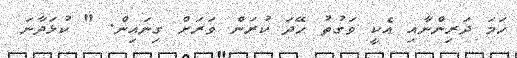
ހަމަ ދަރިންނާއި އެކީ ވަގުތު ހޭދަ ކުރަން ވަރަށް ގިނައިން. " ކުޅަދާނަ